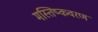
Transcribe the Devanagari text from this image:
मस्तिष्कवरण